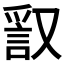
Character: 𧧞